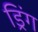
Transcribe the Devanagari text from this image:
ड्रिंग